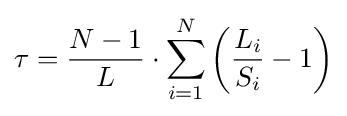
\tau ={\frac {N-1}{L}}\cdot \sum \limits _{i=1}^{N}{\left({{\frac {L_{i}}{S_{i}}}-1}\right)}